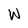
Character: w